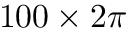
1 0 0 \times 2 \pi